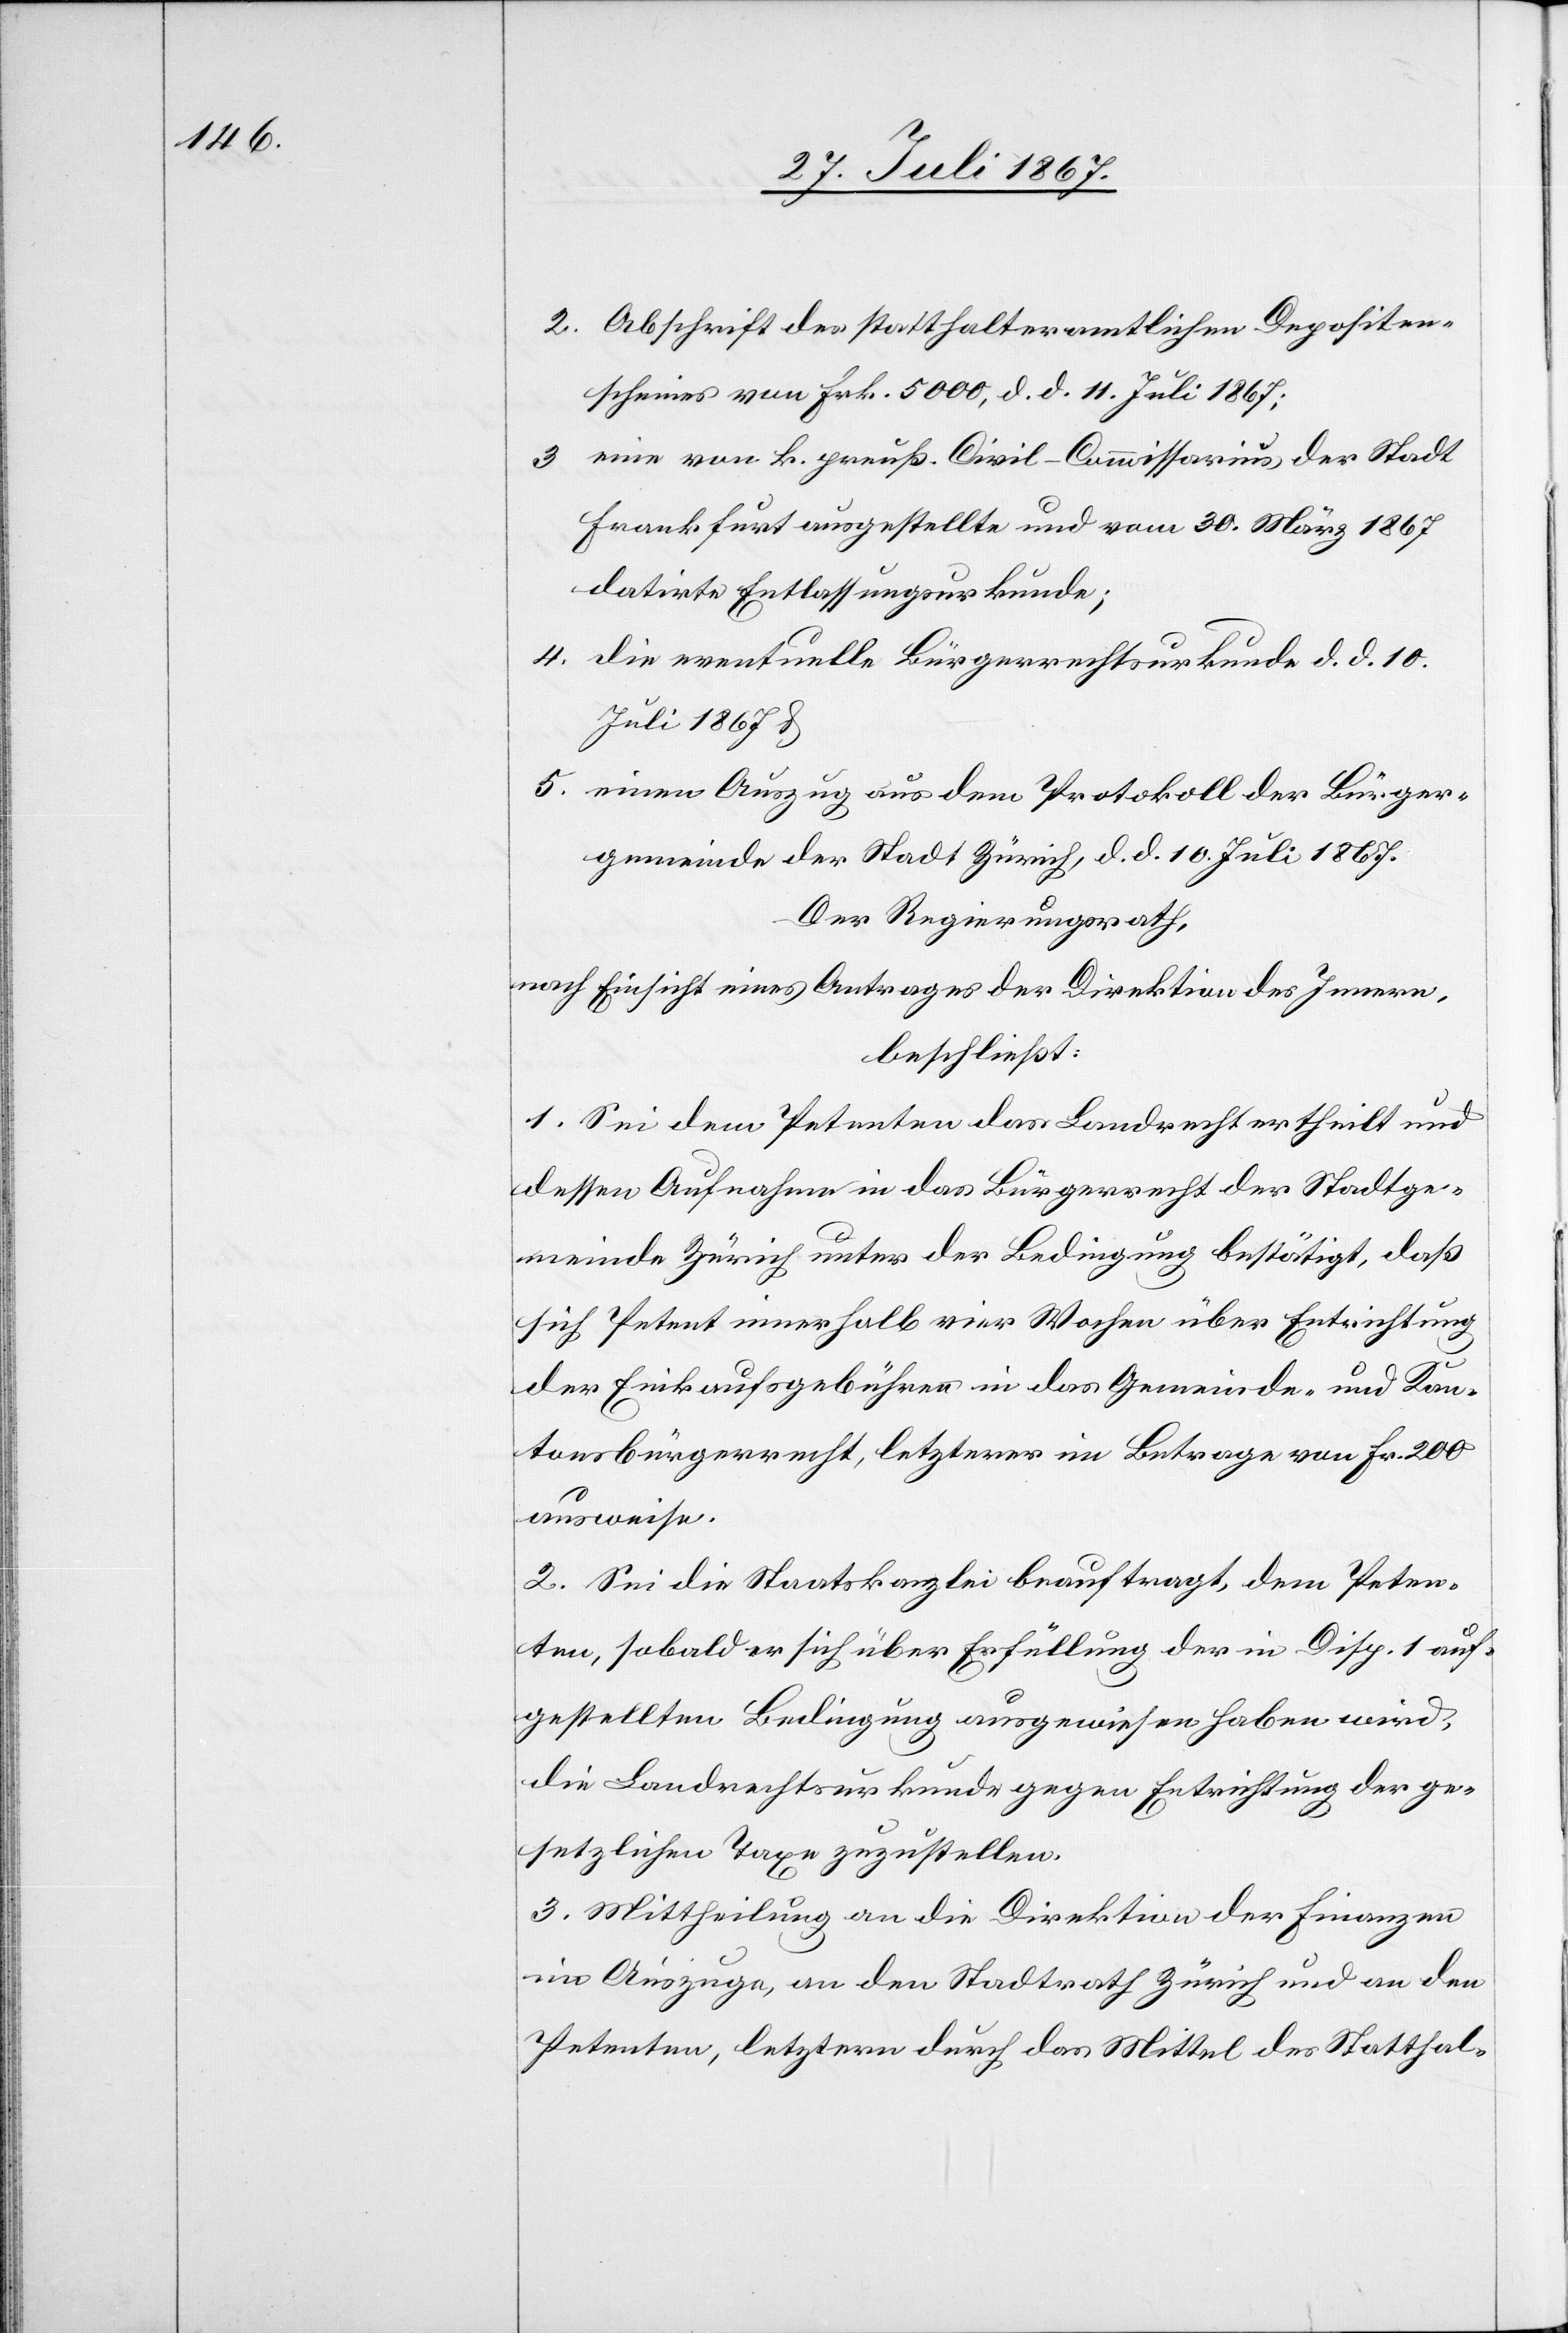
2. Abschrift des statthalteramtlichen Depositen¬
scheines von Frk. 5000, d. d. 11. Juli 1867;
eine von k. preuß. Civil-Commissarius der Stadt
3.
Frankfurt ausgestellte und vom 30. März 1867
datirte Entlassungsurkunde;
4. die eventuelle Bürgerrechtsurkunde d. d. 10.
Juli 1867 u.
5. einen Auszug aus dem Protokoll der Bürger¬
gemeinde der Stadt Zürich, d. d. 10. Juli 1867.
Der Regierungsrath,
nach Einsicht eines Antrages der Direktion des Innern,
beschließt:
1. Sei dem Petenten das Landrecht ertheilt und
dessen Aufnahme in das Bürgerrecht der Stadtge¬
meinde Zürich unter der Bedingung bestätigt, daß
sich Petent innerhalb vier Wochen über Entrichtung
der Einkaufsgebühren in das Gemeinde- und Kan¬
tonsbürgerrecht, letzterer im Betrage von Fr 200
ausweise.
2. Sei die Staatskanzlei beauftragt, dem Peten¬
ten, sobald er sich über Erfüllung der in Disp. 1 auf¬
gestellten Bedingung ausgewiesen haben wird,
die Landrechtsurkunde gegen Entrichtung der ge¬
setzlichen Taxe zuzustellen.
3. Mittheilung an die Direktion der Finanzen
im Auszuge, an den Stadtrath Zürich und an den
Petenten, letztern durch das Mittel des Statthal-